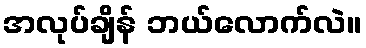
အလုပ်ချိန် ဘယ်လောက်လဲ။